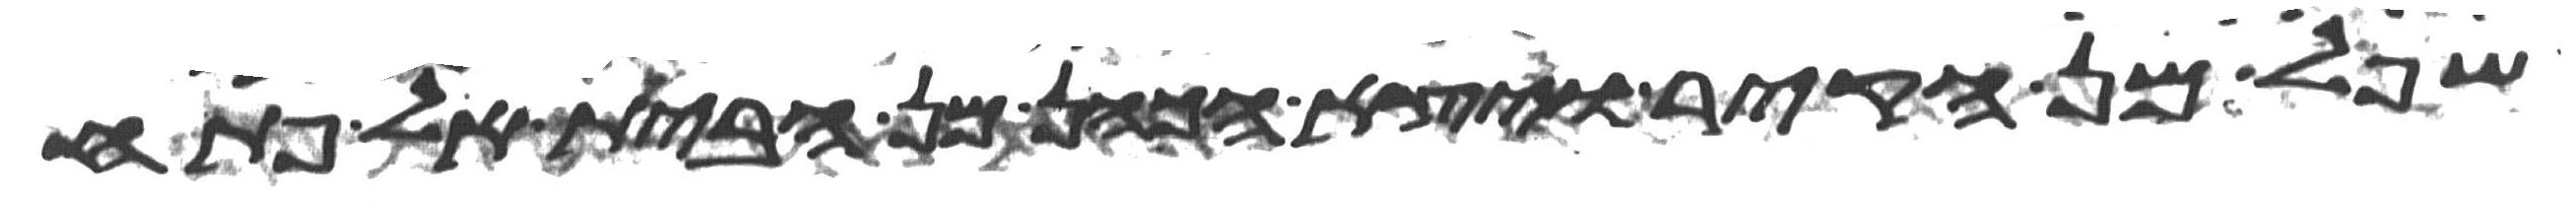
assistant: שפל מן הקיר ויצא הכהן מן הבית אל פתח